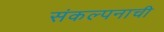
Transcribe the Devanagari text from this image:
संकल्पनाची